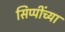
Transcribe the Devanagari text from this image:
सिप्पींच्या